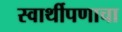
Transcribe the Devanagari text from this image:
स्वार्थीपणाचा